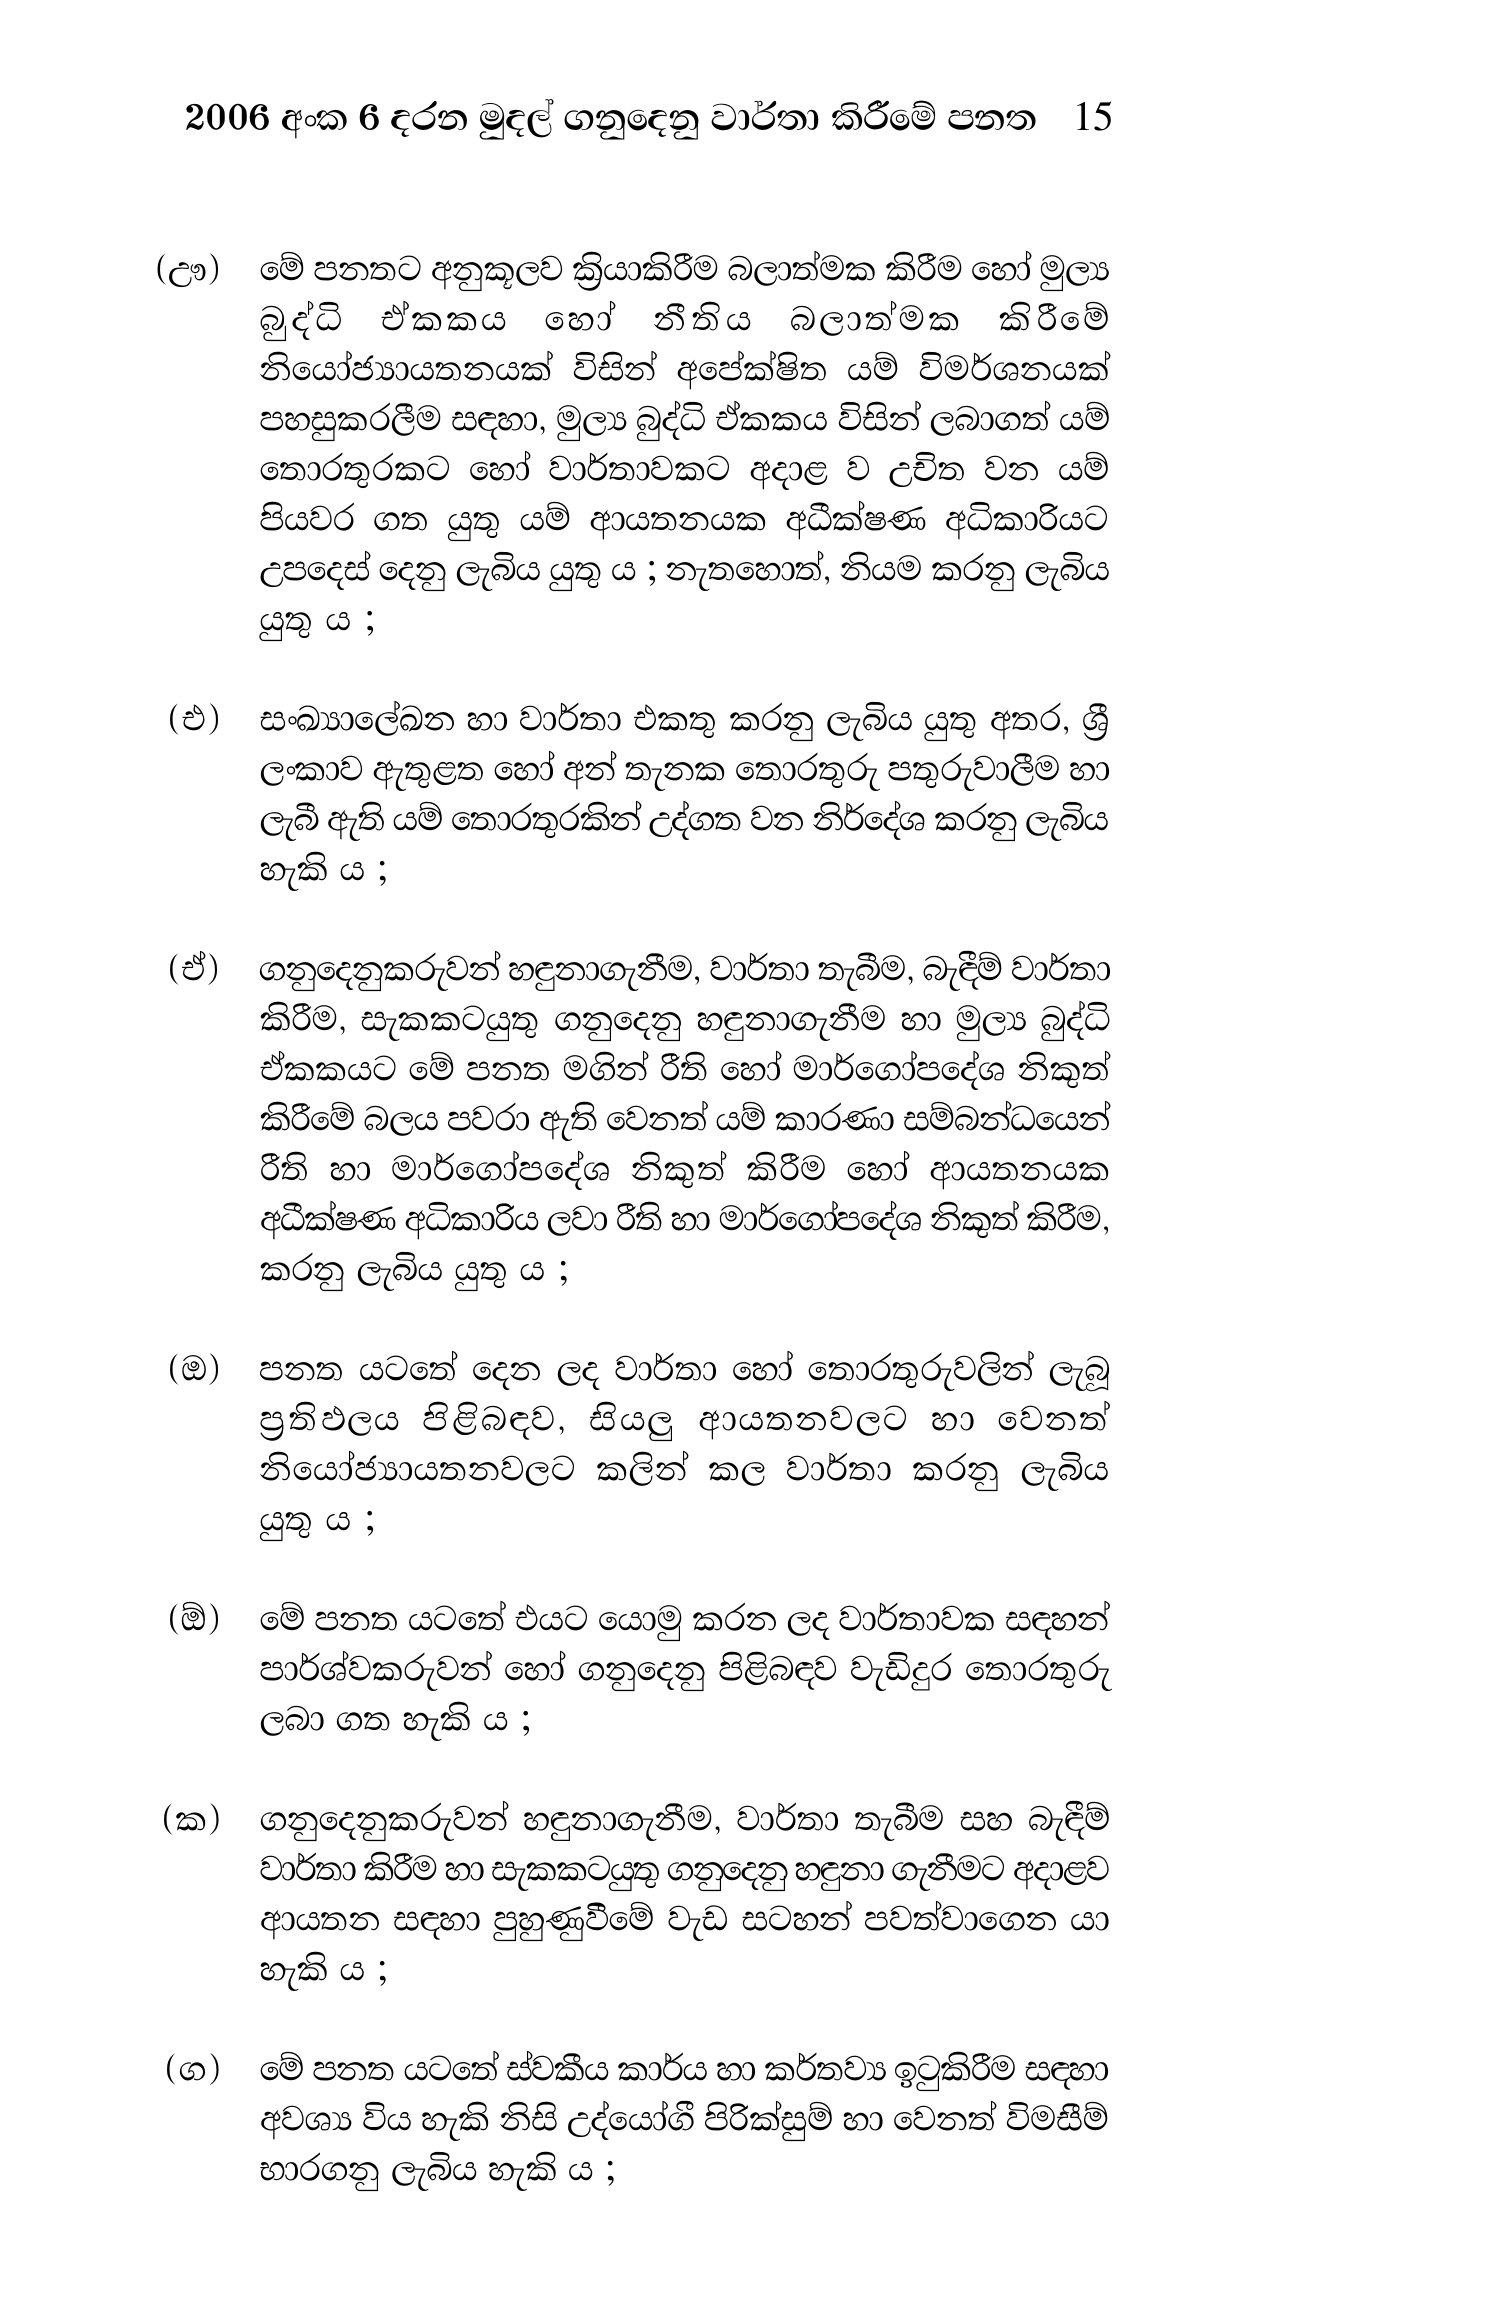
2006 අංක 6 දරන මුදල් ගනුදෙනු වාර්තා කිරීමේ පනත 15

(ඌ) මේ පනතට අනුකූලව ක්‍රියාකිරීම බලාත්මක කිරීම හෝ මුල්‍ය
බුද්ධි ඒකකය හෝ නීතිය බලාත්මක කිරීමේ
නියෝජ්‍යායතනයක් විසින් අපේක්ෂිත යම් විමර්ශනයක්
පහසුකරලීම සඳහා, මුල්‍ය බුද්ධි ඒකකය විසින් ලබාගත් යම්
තොරතුරකට හෝ වාර්තාවකට අදාළ ව උචිත වන යම්
පියවර ගත යුතු යම් ආයතනයක අධීක්ෂණ අධිකාරියට
උපදෙස් දෙනු ලැබිය යුතු ය ; නැතහොත්, නියම කරනු ලැබිය
යුතු ය ;

(එ) සංඛ්‍යාලේඛන හා වාර්තා එකතු කරනු ලැබිය යුතු අතර, ශ්‍රී
ලංකාව ඇතුළත හෝ අන් තැනක තොරතුරු පතුරුවාලීම හා
ලැබී ඇති යම් තොරතුරකින් උද්ගත වන නිර්දේශ කරනු ලැබිය
හැකි ය ;

(ඒ) ගනුදෙනුකරුවන් හඳුනාගැනීම, වාර්තා තැබීම, බැඳීම් වාර්තා
කිරීම, සැකකටයුතු ගනුදෙනු හඳුනාගැනීම හා මුල්‍ය බුද්ධි
ඒකකයට මේ පනත මගින් රීති හෝ මාර්ගෝපදේශ නිකුත්
කිරීමේ බලය පවරා ඇති වෙනත් යම් කාරණා සම්බන්ධයෙන්
රීති හා මාර්ගෝපදේශ නිකුත් කිරීම හෝ ආයතනයක
අධීක්ෂණ අධිකාරිය ලවා රීති හා මාර්ගෝපදේශ නිකුත් කිරීම,
කරනු ලැබිය යුතු ය ;

(ඕ) පනත යටතේ දෙන ලද වාර්තා හෝ තොරතුරුවලින් ලැබූ
ප්‍රතිඵලය පිළිබඳව, සියලු ආයතනවලට හා වෙනත්
නියෝජ්‍යායතනවලට කලින් කල වාර්තා කරනු ලැබිය
යුතු ය ;

මේ පනත යටතේ එයට යොමු කරන ලද වාර්තාවක සඳහන්
පාර්ශ්වකරුවන් හෝ ගනුදෙනු පිළිබඳව වැඩිදුර තොරතුරු
ලබා ගත හැකි ය ;

(ක) ගනුදෙනුකරුවන් හඳුනාගැනීම, වාර්තා තැබීම සහ බැඳීම්
වාර්තා කිරීම හා සැකකටයුතු ගනුදෙනු හඳුනා ගැනීමට අදාළව
ආයතන සඳහා පුහුණුවීමේ වැඩ සටහන් පවත්වාගෙන යා
හැකි ය ;

(ග) මේ පනත යටතේ ස්වකීය කාර්ය හා කර්තව්‍ය ඉටුකිරීම සඳහා
අවශ්‍ය විය හැකි නිසි උද්යෝගී පිරික්සුම් හා වෙනත් විමසීම්
භාරගනු ලැබිය හැකි ය ;